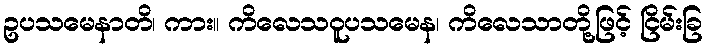
ဥပသမေနာတိ၊ ကား။ ကိလေသဝူပသမေန၊ ကိလေသာတို့ဖြင့် ငြိမ်းခြ